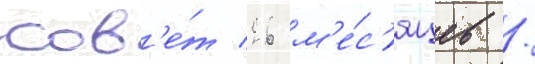
сов'е́т 26 м'е́с'яцев /